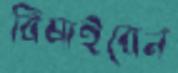
বিষাইবেন